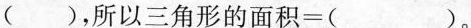
( )，所以$$三 角 形 的 面 积 = ( )$$。